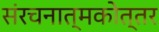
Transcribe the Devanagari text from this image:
संरचनात्मकोत्तर